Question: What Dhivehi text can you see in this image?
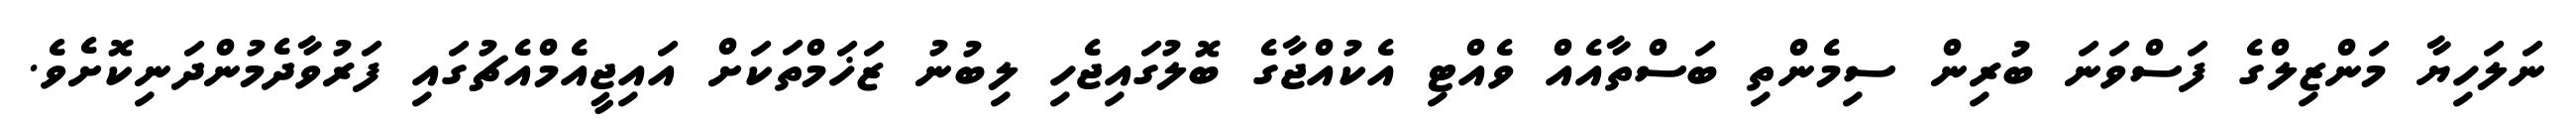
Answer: ނަލަހިޔާ މަންޒިލްގެ ފަސްވަނަ ބުރިން ސިމެންތި ބަސްތާއެއް ވެއްޓި އެކުއްޖާގެ ބޮލުގައިޖެހި ލިބުނު ޒަޚަމްތަކަށް އައިޖީއެމްއެޗުގައި ފަރުވާދެމުންދަނިކޮށެވެ.